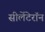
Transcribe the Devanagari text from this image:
सीलेंटेरॉन